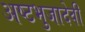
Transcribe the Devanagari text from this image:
अष्टभुजादेवी